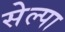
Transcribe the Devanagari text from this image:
सेल्पा